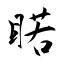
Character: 睰